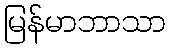
မြန်မာဘာသာ